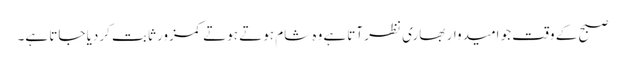
صبح کے وقت جو امیدوار بھاری نظر آتاہے وہ شام ہوتے ہوتے کمزور ثابت کردیا جاتا ہے۔